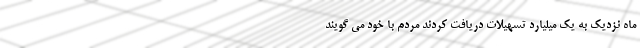
ماه نزدیک به یک میلیارد تسهیلات دریافت کردند مردم با خود می گویند